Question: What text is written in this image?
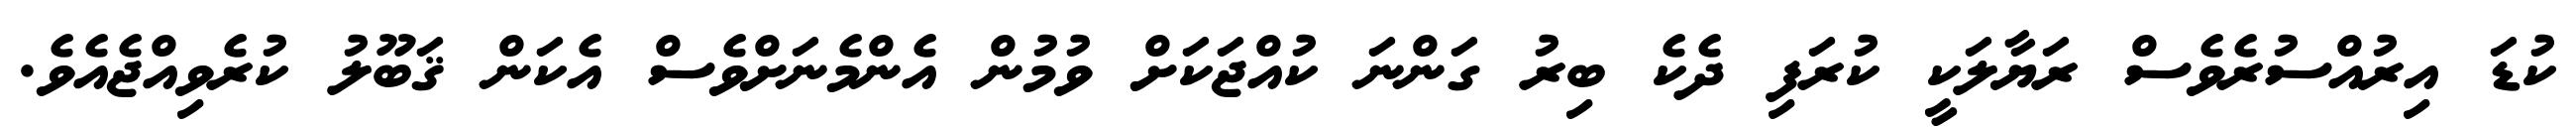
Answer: ކުޑަ އިރުއްސުރެވެސް ރަޔާލަކީ ކުރަފި ދެކެ ބިރު ގަންނަ ކުއްޖަކަށް ވުމުން އެންމެނަށްވެސް އެކަން ޤަބޫލު ކުރެވިއްޖެއެވެ.